Report on malaria in the Punjab during the year ...  together with an account of the work of the Punjab Malaria Bureau - Volume 5
Disease focus: Malaria
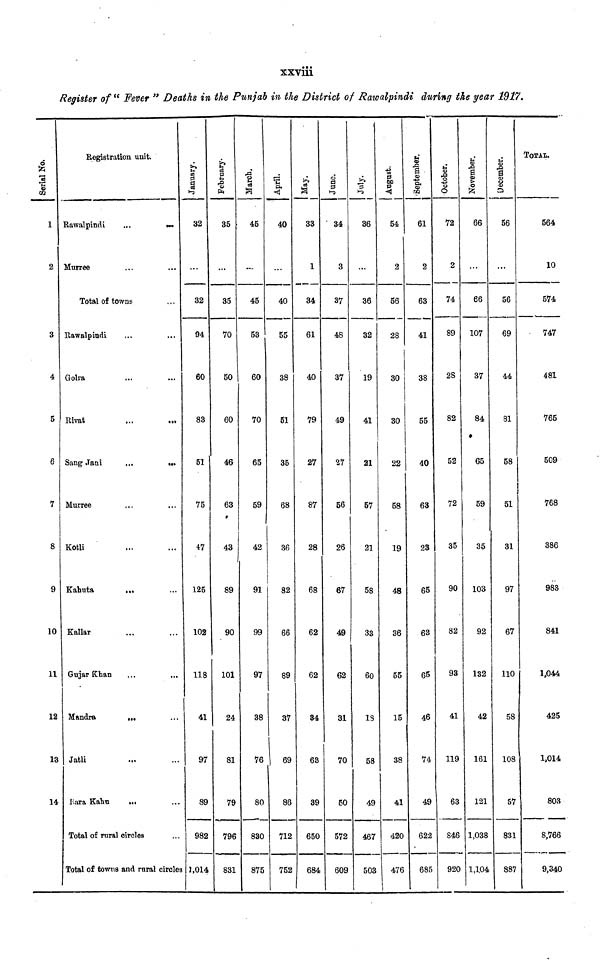
xxviii
Register of " Fever " Deaths in the Punjab in the District of Rawalpindi during the year 1917.
Serial No.
1
2
3
4
5
6
7
8
9
10
11
12
13
14
Registration unit.
Rawalpindi
Murree
...
...
Total of towns
Rawalpindi
Golra
Rivat
Sang Jani
Murree
Kotli
Kahuta
Kallar
Gujar Khan
Mandra
Jatli
Dara Kahu
Total of rural
...
...
...
...
...
...
...
...
...
...
circles
...
...
...
...
...
...
...
...
Total of towns and rural circles
January.
32
32
94
60
83
51
75
47
125
102
118
41
97
89
982
1,014
February.
35
35
70
50
60
46
63
43
89
90
101
24
81
79
796
831
March.
45
45
53
60
70
65
59
42
91
99
97
38
76
80
830
875
April.
40
40
55
38
51
35
68
36
82
66
89
37
69
86
712
752
May.
33
1
34
61
40
79
27
87
28
68
62
62
34
63
39
650
684
June.
34
3
37
48
37
49
27
56
26
67
49
62
31
70
50
572
609
July.
36
...
36
32
19
41
21
57
21
58
33
60
18
58
49
467
503
August.
1
54
2
56
28
30
30
22
58
19
48
36
55
15
38
41
420
476
September.
61
2
63
41
38
55
40
63
23
65
63
65
46
74
49
622
685
October.
72
2
74
89
28
82
52
72
35
90
82
93
41
119
63
846
920
November.
66
66
107
37
84
65
59
35
103
92
132
42
161
121
1,038
1,104
December.
56
56
69
44
81
58
51
31
97
67
110
58
108
57
831
887
TOTAL.
564
10
574
747
481
765
509
768
386
983
841
1,044
425
1,014
803
8,766
9,340